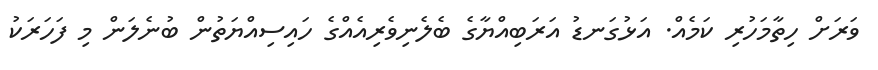
ވަރަށް ހިތާމަހުރި ކަމެއް. އަޅުގަނޑު އަރަބިއްޔާގެ ބެލެނިވެރިއެއްގެ ހައިސިއްޔަތުން ބުނެލަން މި ފަހަރަކު